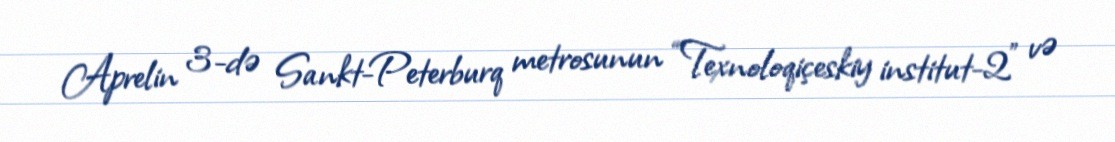
Aprelin 3-də Sankt-Peterburq metrosunun “Texnoloqiçeskiy institut-2" və